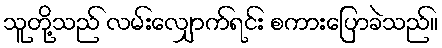
သူတို့သည် လမ်းလျှောက်ရင်း စကားပြောခဲသည်။